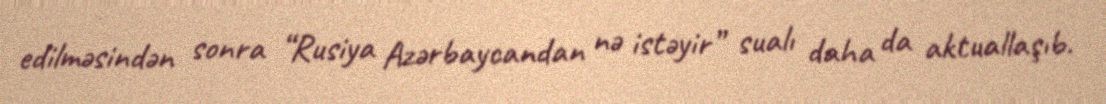
edilməsindən sonra “Rusiya Azərbaycandan nə istəyir” sualı daha da aktuallaşıb.